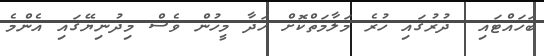
ބަހައްޓައި  ދުރުގައި ހުރެ މަލާމަތްކޮށް ހަދާ މީހުން ވެސް މިދުނިޔޭގައި އެންމެ